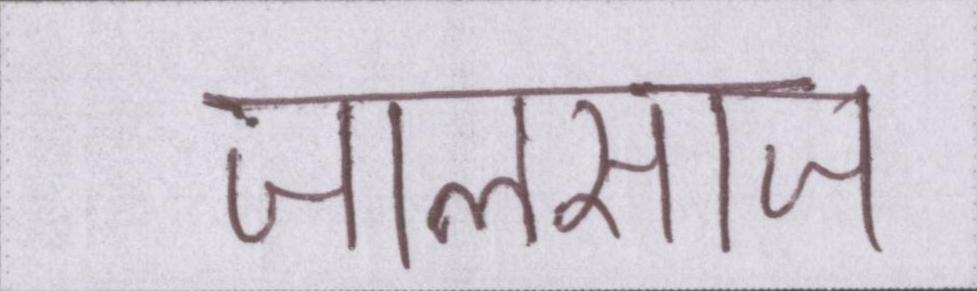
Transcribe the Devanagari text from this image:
जालसाज